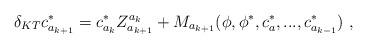
LaTeX: \begin{align*}\delta _{KT}c^*_{a_{k+1}}=c^*_{a_k}Z^{a_k}_{a_{k+1}}+M_{a_{k+1}}(\phi ,\phi^*,c^*_a,...,c^*_{a_{k-1}})\ ,\end{align*}